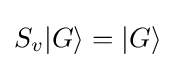
S_{v}{\left|G\right\rangle }={\left|G\right\rangle }